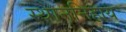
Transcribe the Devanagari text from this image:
स्थाननिहाय